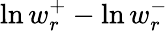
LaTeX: \ln w_{r}^{+}-\ln w_{r}^{-}